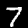
Label: 7